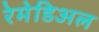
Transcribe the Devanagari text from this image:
रेमेडिअल